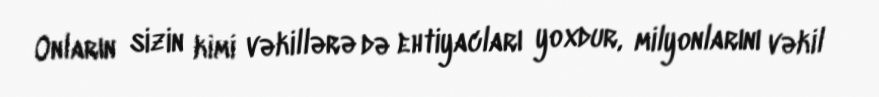
Onların sizin kimi vəkillərə də ehtiyacları yoxdur, milyonlarını vəkil